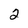
Character: 2